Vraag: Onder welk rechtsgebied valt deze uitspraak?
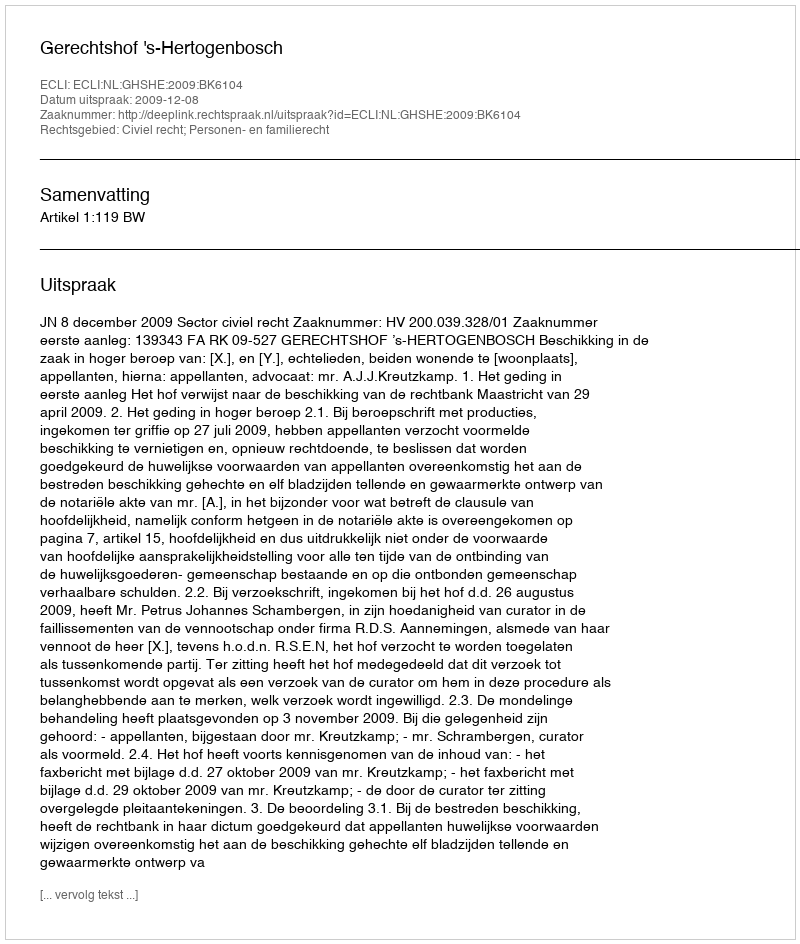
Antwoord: Civiel recht; Personen- en familierecht